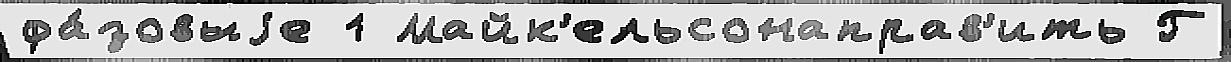
фа́зовыjе 1 Майк'ельсонаправ'ить Г